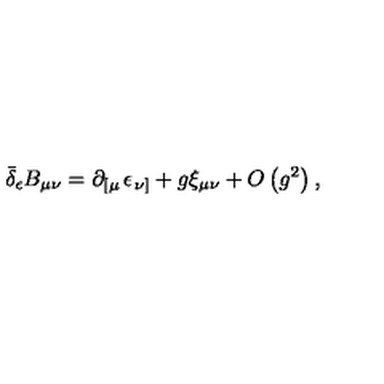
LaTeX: \bar { \delta } _ { \epsilon } B _ { \mu \nu } = \partial _ { \left[ \mu \right. } \epsilon _ { \left. \nu \right] } + g \xi _ { \mu \nu } + O \left( g ^ { 2 } \right) ,